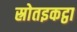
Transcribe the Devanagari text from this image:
स्रोतइकट्ठा